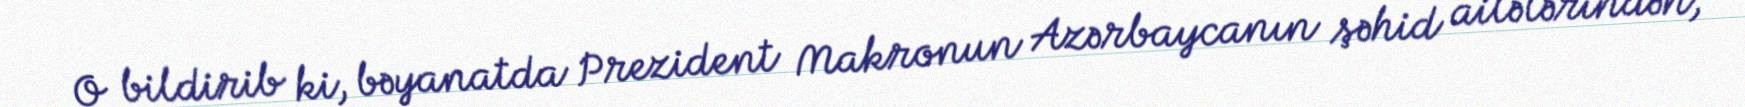
O bildirib ki, bəyanatda Prezident Makronun Azərbaycanın şəhid ailələrindən,